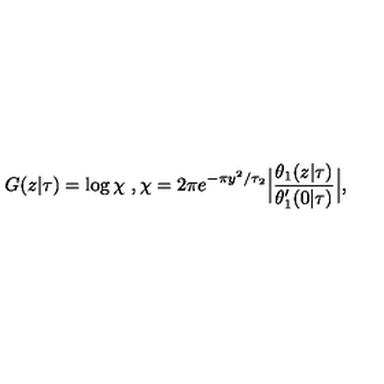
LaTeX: G ( z \vert \tau ) = \log \chi \ , \chi = 2 \pi e ^ { - \pi y ^ { 2 } / \tau _ { 2 } } \Bigl \vert { \frac { \theta _ { 1 } ( z \vert \tau ) } { \theta _ { 1 } ^ { \prime } ( 0 \vert \tau ) } } \Bigr \vert ,